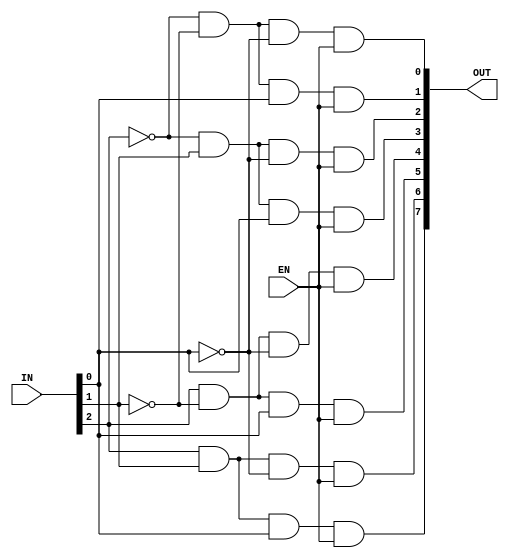
/******************************************************************
 * Uses combinational logic to create a 3 x 8 decoder with
 * an Enable
 *******************************************************************/
 
 module decoder_3x8(OUT, IN, EN);

 output [7:0] 	OUT;
 input 	[2:0]	IN;
 input      	EN;
 
 wire   [2:0]	IN_BAR;
 
 not n0(IN_BAR[0], IN[0]);
 not n1(IN_BAR[1], IN[1]);
 not n2(IN_BAR[2], IN[2]);

 and a0 (OUT[0], IN_BAR[2], IN_BAR[1], IN_BAR[0], EN);
 and a1 (OUT[1], IN_BAR[2], IN_BAR[1],     IN[0], EN);
 and a2 (OUT[2], IN_BAR[2],     IN[1], IN_BAR[0], EN);
 and a3 (OUT[3], IN_BAR[2],     IN[1],     IN[0], EN);
 and a4 (OUT[4],     IN[2], IN_BAR[1], IN_BAR[0], EN);
 and a5 (OUT[5],     IN[2], IN_BAR[1],     IN[0], EN);
 and a6 (OUT[6],     IN[2],     IN[1], IN_BAR[0], EN);
 and a7 (OUT[7],     IN[2],     IN[1],     IN[0], EN);
 
 /*
 assign OUT[7] = IN_BAR[0] 	& IN_BAR[1] & IN_BAR[2] & EN; 
 assign OUT[6] = IN_BAR[0] 	& IN_BAR[1] &     IN[2] & EN; 
 assign OUT[5] = IN_BAR[0] 	&     IN[1] & IN_BAR[2] & EN; 
 assign OUT[4] = IN_BAR[0] 	&     IN[1] &     IN[2] & EN; 
 assign OUT[3] =     IN[0] 	& IN_BAR[1] & IN_BAR[2] & EN; 
 assign OUT[2] =     IN[0] 	& IN_BAR[1] &     IN[2] & EN; 
 assign OUT[1] =     IN[0] 	&     IN[1] & IN_BAR[2] & EN; 
 assign OUT[0] =     IN[0] 	&     IN[1] &     IN[2] & EN; 
 */
 endmodule